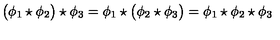
\bigl ( \phi _ { 1 } \star \phi _ { 2 } \bigr ) \star \phi _ { 3 } = \phi _ { 1 } \star \bigl ( \phi _ { 2 } \star \phi _ { 3 } \bigr ) = \phi _ { 1 } \star \phi _ { 2 } \star \phi _ { 3 }